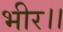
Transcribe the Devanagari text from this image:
भीर।।